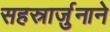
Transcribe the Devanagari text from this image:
सहस्रार्जुनाने